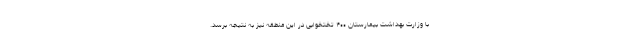
با وزارت بهداشت بیمارستان ۴۰۰ تختخوابی در این منطقه نیز به نتیجه برسد.